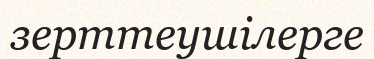
зерттеушілерге